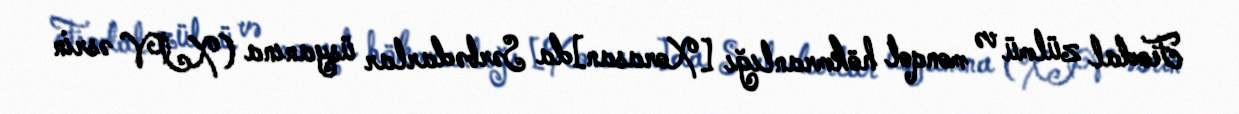
Feodal zülmü və monqol hökmranlığı [Xorasan]da Sərbədarlar üsyanına (XIV əsrin